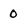
Character: 0